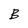
Character: B